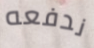
ندفعه